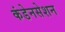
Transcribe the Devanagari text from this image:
कंडेनसेशन